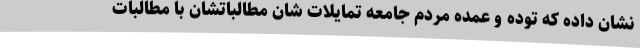
نشان داده که توده و عمده مردم جامعه تمایلات شان مطالباتشان با مطالبات